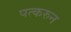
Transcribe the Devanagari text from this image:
पत्‍करुन